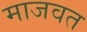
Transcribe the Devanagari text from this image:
माजवत